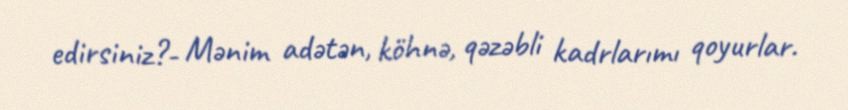
edirsiniz?- Mənim adətən, köhnə, qəzəbli kadrlarımı qoyurlar.